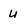
Character: u